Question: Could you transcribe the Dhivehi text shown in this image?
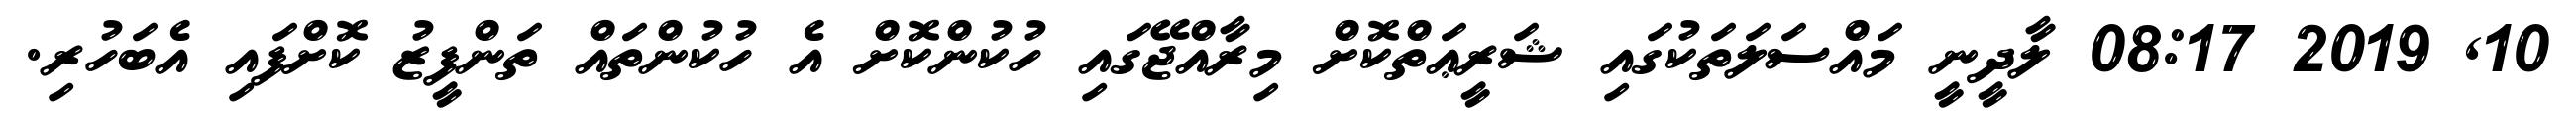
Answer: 10, 2019 08:17 ލާދީނީ މައްސަލަތަކުގައި ޝަރީޢަތްކޮށް މިރާއްޖޭގައި ހުކުންކޮށް އެ ހުކުންތައް ތަންފީޒު ކޮށްފައި އެބަހުރި.